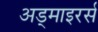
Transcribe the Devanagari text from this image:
अड्माइरर्स